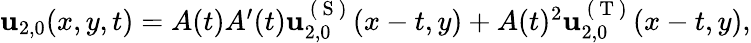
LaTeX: \begin{array}{r}{\mathbf{u}_{2,0}(x,y,t)=A(t)A^{\prime}(t)\mathbf{u}_{2,0}^{\mathrm{~(~S~)~}}(x-t,y)+A(t)^{2}\mathbf{u}_{2,0}^{\mathrm{~(~T~)~}}(x-t,y),}\end{array}